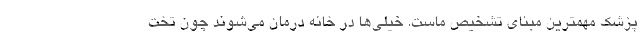
پزشک مهمترین مبنای تشخیص ماست. خیلی‌ها در خانه درمان می‌شوند چون تخت